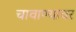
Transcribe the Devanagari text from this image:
चावाण्यावर